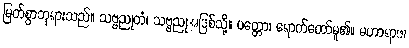
မြတ်စွာဘုရားသည်။ သဗ္ဗညုတံ၊ သဗ္ဗညုအဖြစ်သို့။ ပတ္တော၊ ရောက်တော်မူ၏။ မဟာရာဇ၊